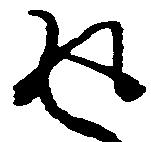
返